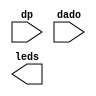
module  display7seg(dp, dado, leds);
input dp;
input [3:0] dado;
output reg [7:0] leds;
endmodule